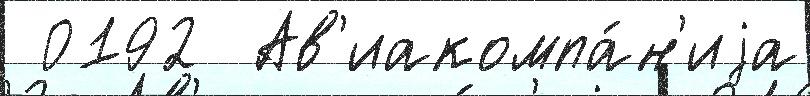
 0192  Ав'иакомпа́н'иjа